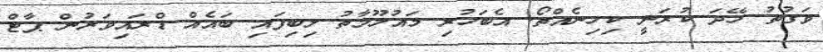
ވަގުތު ހޭދަ ކުރަނީ ކިހިނެއްތޯ. އެބަހުރި މައުލޫމާތު ލިބިފައި ބައެއް ޑްރައިވަރުން ޕާޓް